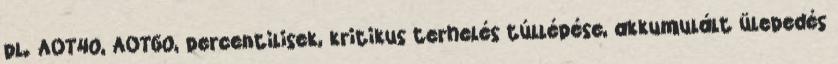
pl. AOT40, AOT60, percentilisek, kritikus terhelés túllépése, akkumulált ülepedés